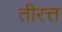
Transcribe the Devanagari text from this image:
तीरत्त